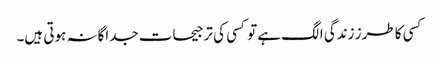
کسی کا طرز زندگی الگ ہے تو کسی کی ترجیحات جداگانہ ہوتی ہیں۔